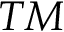
T M